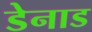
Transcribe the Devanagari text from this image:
डेनाड